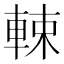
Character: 𨌛